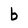
Character: b